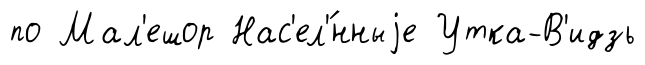
по Мал'ешор Нас'ел'́нныjе Утка-В'идзь